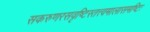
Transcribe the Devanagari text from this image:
सकरुणरसवृष्टिस्तत्त्वमालासमष्टिः